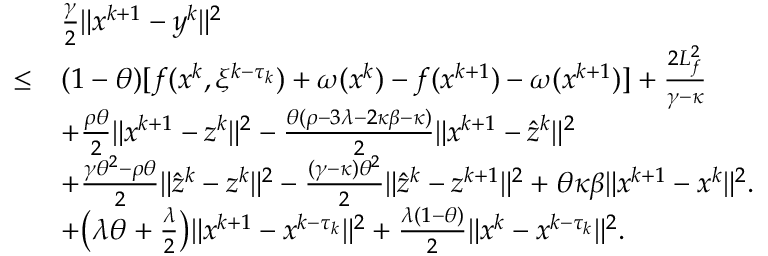
\begin{array} { r l } & { \frac { \gamma } { 2 } \| x ^ { k + 1 } - y ^ { k } \| ^ { 2 } } \\ { \leq } & { ( 1 - \theta ) [ f ( x ^ { k } , \xi ^ { k - \tau _ { k } } ) + \omega ( x ^ { k } ) - f ( x ^ { k + 1 } ) - \omega ( x ^ { k + 1 } ) ] + \frac { 2 L _ { f } ^ { 2 } } { \gamma - \kappa } } \\ & { + \frac { \rho \theta } { 2 } \| x ^ { k + 1 } - z ^ { k } \| ^ { 2 } - \frac { \theta ( \rho - 3 \lambda - 2 \kappa \beta - \kappa ) } { 2 } \| x ^ { k + 1 } - \hat { z } ^ { k } \| ^ { 2 } } \\ & { + \frac { \gamma \theta ^ { 2 } - \rho \theta } { 2 } \| \hat { z } ^ { k } - z ^ { k } \| ^ { 2 } - \frac { ( \gamma - \kappa ) \theta ^ { 2 } } { 2 } \| \hat { z } ^ { k } - z ^ { k + 1 } \| ^ { 2 } + \theta \kappa \beta \| x ^ { k + 1 } - x ^ { k } \| ^ { 2 } . } \\ & { + \big ( \lambda \theta + \frac { \lambda } { 2 } \big ) \| x ^ { k + 1 } - x ^ { k - \tau _ { k } } \| ^ { 2 } + \frac { \lambda ( 1 - \theta ) } { 2 } \| x ^ { k } - x ^ { k - \tau _ { k } } \| ^ { 2 } . } \end{array}